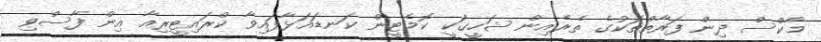
މާކްސް ދިން ފަރާތްތަކުގެ ތެރެއިން ޝަހީގަކީ ކޮމެޓީން ކަނޑައަޅާފައިވާ ކްރައިޓީރިއާ އިން ފާސްވި